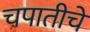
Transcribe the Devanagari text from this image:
चपातीचे